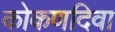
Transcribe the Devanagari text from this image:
कोकणदिवा